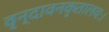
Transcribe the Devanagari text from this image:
वृन्दावनकृतालयः।